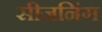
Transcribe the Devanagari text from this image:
सीजनिंग